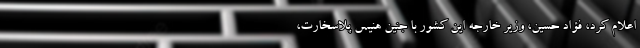
اعلام کرد، فؤاد حسین، وزیر خارجه این کشور با جنین هنیس پلاسخارت،